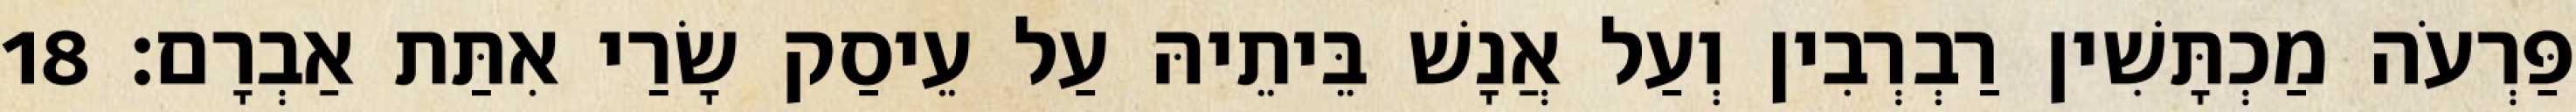
פַּרְעֹה מַכְתָּשִׁין רַבְרְבִין וְעַל אֲנָשׁ בֵּיתֵיהּ עַל עֵיסַק שָׂרַי אִתַּת אַבְרָם׃ 18